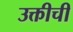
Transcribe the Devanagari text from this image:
उक्तीची